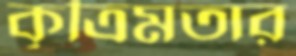
কৃত্রিমতার